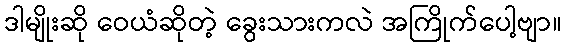
ဒါမျိုးဆို ဝေယံဆိုတဲ့ ခွေးသားကလဲ အကြိုက်ပေါ့ဗျာ။